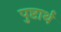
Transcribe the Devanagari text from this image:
पुष्टार्थ